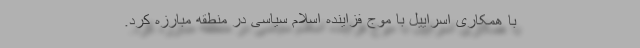
با همکاری اسراییل با موج فزاینده اسلام سیاسی در منطقه مبارزه کرد.